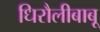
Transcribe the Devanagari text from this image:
धिरौलीबाबू